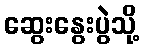
ဆွေးနွေးပွဲသို့